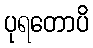
ပုရတောပိ